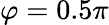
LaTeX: \varphi=0.5\pi